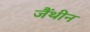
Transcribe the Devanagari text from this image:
जैंथीन